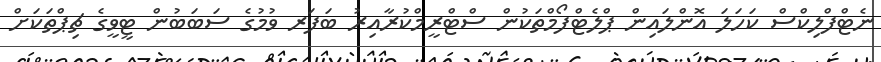
ނެޓްފްލިކްސް ކަހަލަ އޮންލައިން ޕްލެޓްފޯމްތަކުން ސްޓްރީމްކުރާއިރު ބަފަރ ވުމުގެ ސަބަބުން ޓީވީގެ ޗިޕްތަކަށް